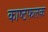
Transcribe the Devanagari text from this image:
काष्ठफलक